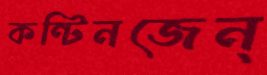
কন্টিনজেন্